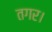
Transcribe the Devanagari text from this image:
तगर।